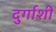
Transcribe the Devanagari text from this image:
दुर्गाशी